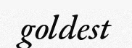
goldest